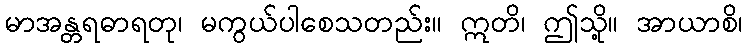
မာအန္တရဓာရတု၊ မကွယ်ပါစေသတည်း။ ဣတိ၊ ဤသို့။ အာယာစိ၊